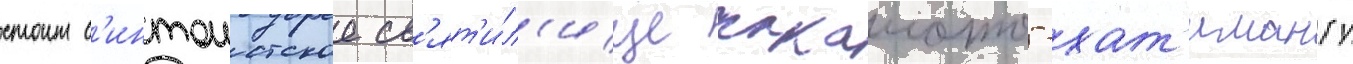
стоит с'интоистское св'ят'и́л'ище сакамото-хат'имангу